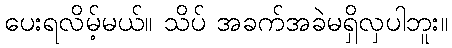
ပေးရလိမ့်မယ်။ သိပ် အခက်အခဲမရှိလှပါဘူး။